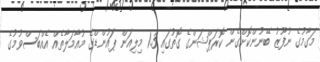
މަގާމުގެ ނުފޫޒު ބޭނުންކޮށްގެން ކޮރަޕްޝަންގެ ގޮތުގައި 1.3 މިލިއަން ޕައުންޑްގެ މުއާމަލާތެއް އެއްބަސްވުމުގެ